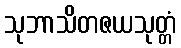
သုဘာသိတဇယသုတ္တံ